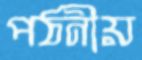
পঠনীয়